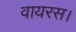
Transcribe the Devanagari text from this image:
वायरस।